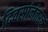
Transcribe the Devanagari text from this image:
दिवसांनंतरच